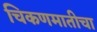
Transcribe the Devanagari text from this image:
चिकणमातीचा